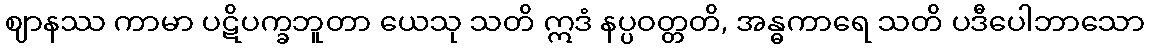
ဈာနဿ ကာမာ ပဋိပက္ခဘူတာ ယေသု သတိ ဣဒံ နပ္ပဝတ္တတိ, အန္ဓကာရေ သတိ ပဒီပေါဘာသော